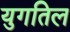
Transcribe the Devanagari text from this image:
युगतिल